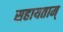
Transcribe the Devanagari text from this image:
सहायताम्